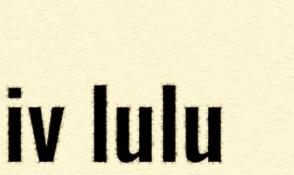
iv lulu